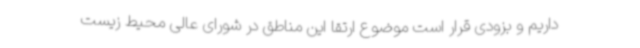
داریم و بزودی قرار است موضوع ارتقا این مناطق در شورای عالی محیط زیست